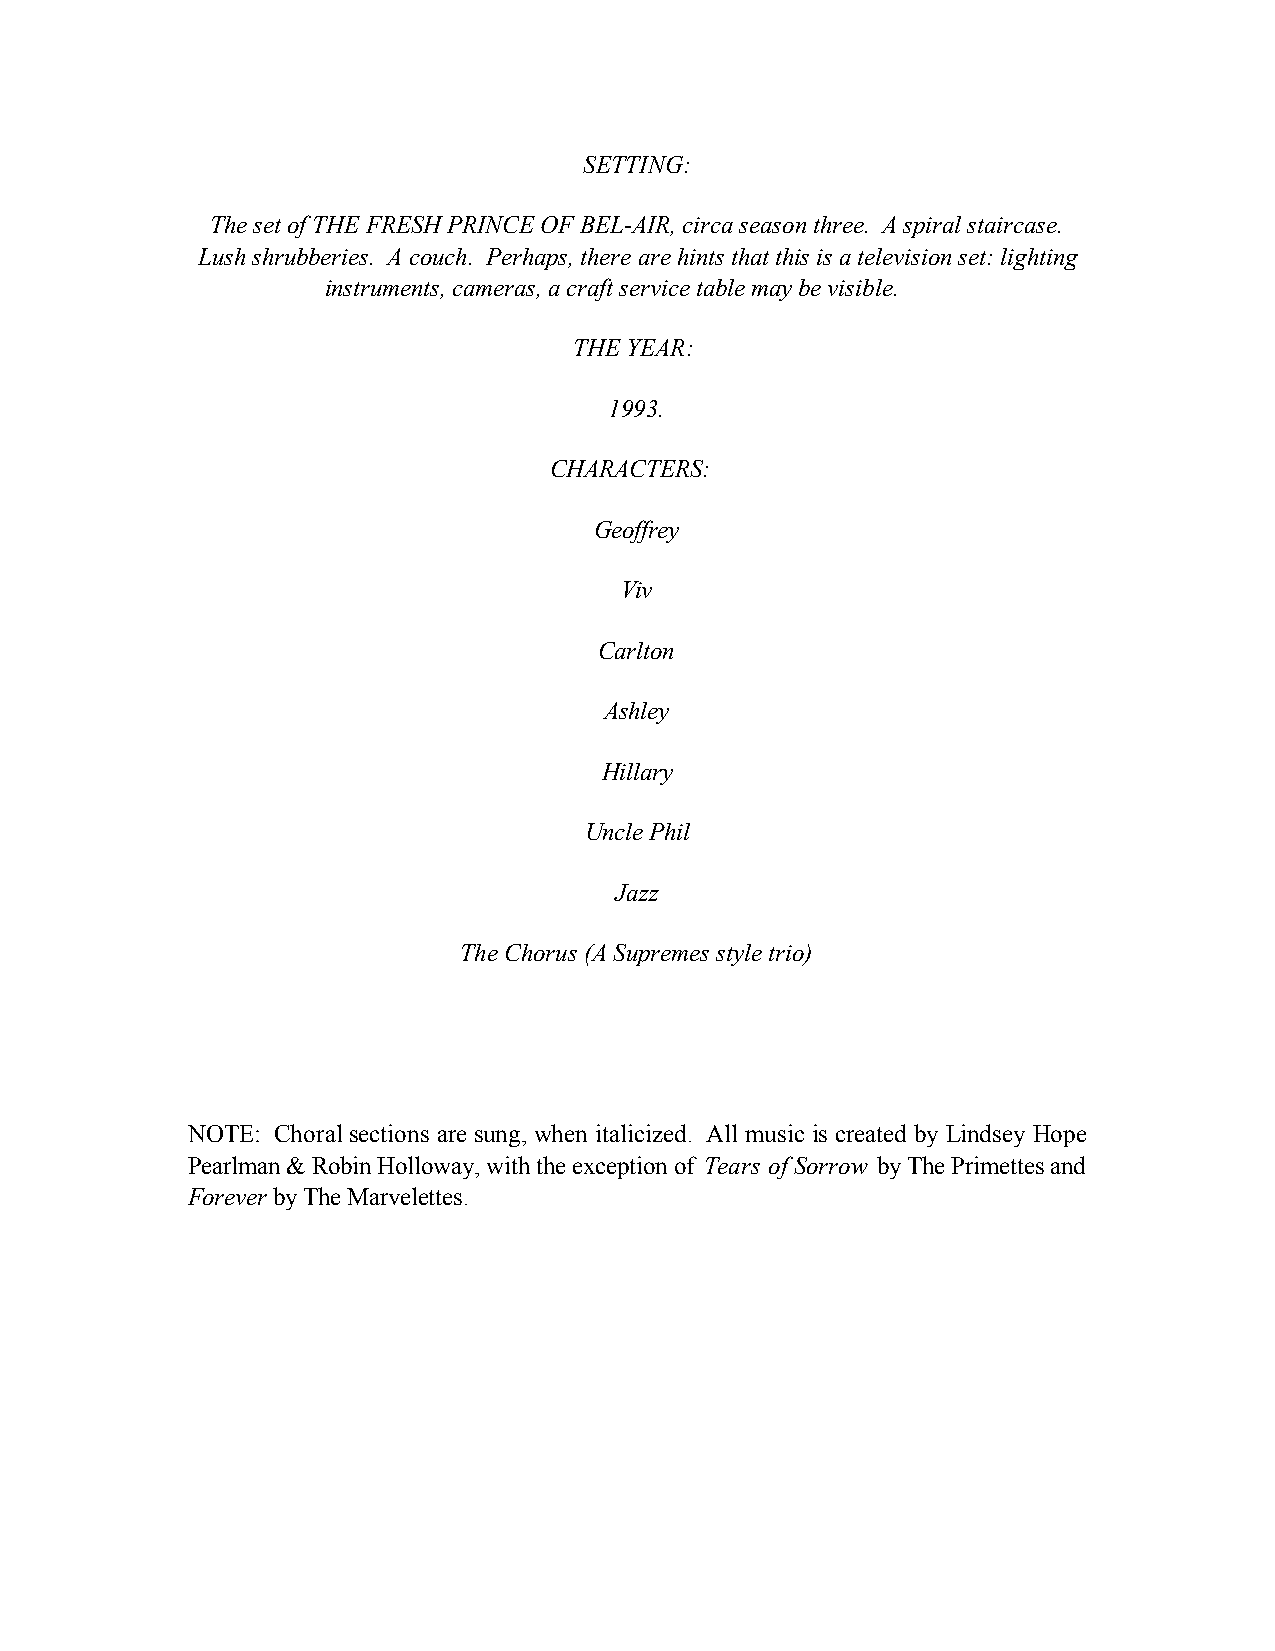
SETTING:
 The set of THE FRESH PRINCE OF BEL-AIR, circa season three. A spiral staircase.
 Lush shrubberies. A couch. Perhaps, there are hints that this is a television set: lighting
 instruments, cameras, a craft service table may be visible.
 THE YEAR:
 1993.
 CHARACTERS:
 Geoffrey
 Viv
 Carlton
 Ashley
 Hillary
 Uncle Phil
 Jazz
 The Chorus (A Supremes style trio)
 NOTE: Choral sections are sung, when italicized. All music is created by Lindsey Hope
 Pearlman & Robin Holloway, with the exception of Tears of Sorrow by The Primettes and
 Forever by The Marvelettes.